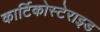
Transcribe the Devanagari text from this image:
कार्टिकोस्टेराइड